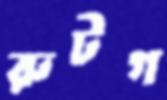
রুটগ